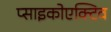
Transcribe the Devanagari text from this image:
प्साइकोएक्टिव